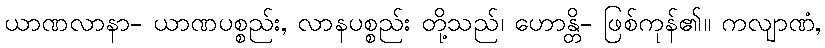
ယာဏလာနာ- ယာဏပစ္စည်း, လာနပစ္စည်း တို့သည်၊ ဟောန္တိ- ဖြစ်ကုန်၏။ ကလျာဏံ,